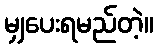
မျှပေးရမည်တဲ့။